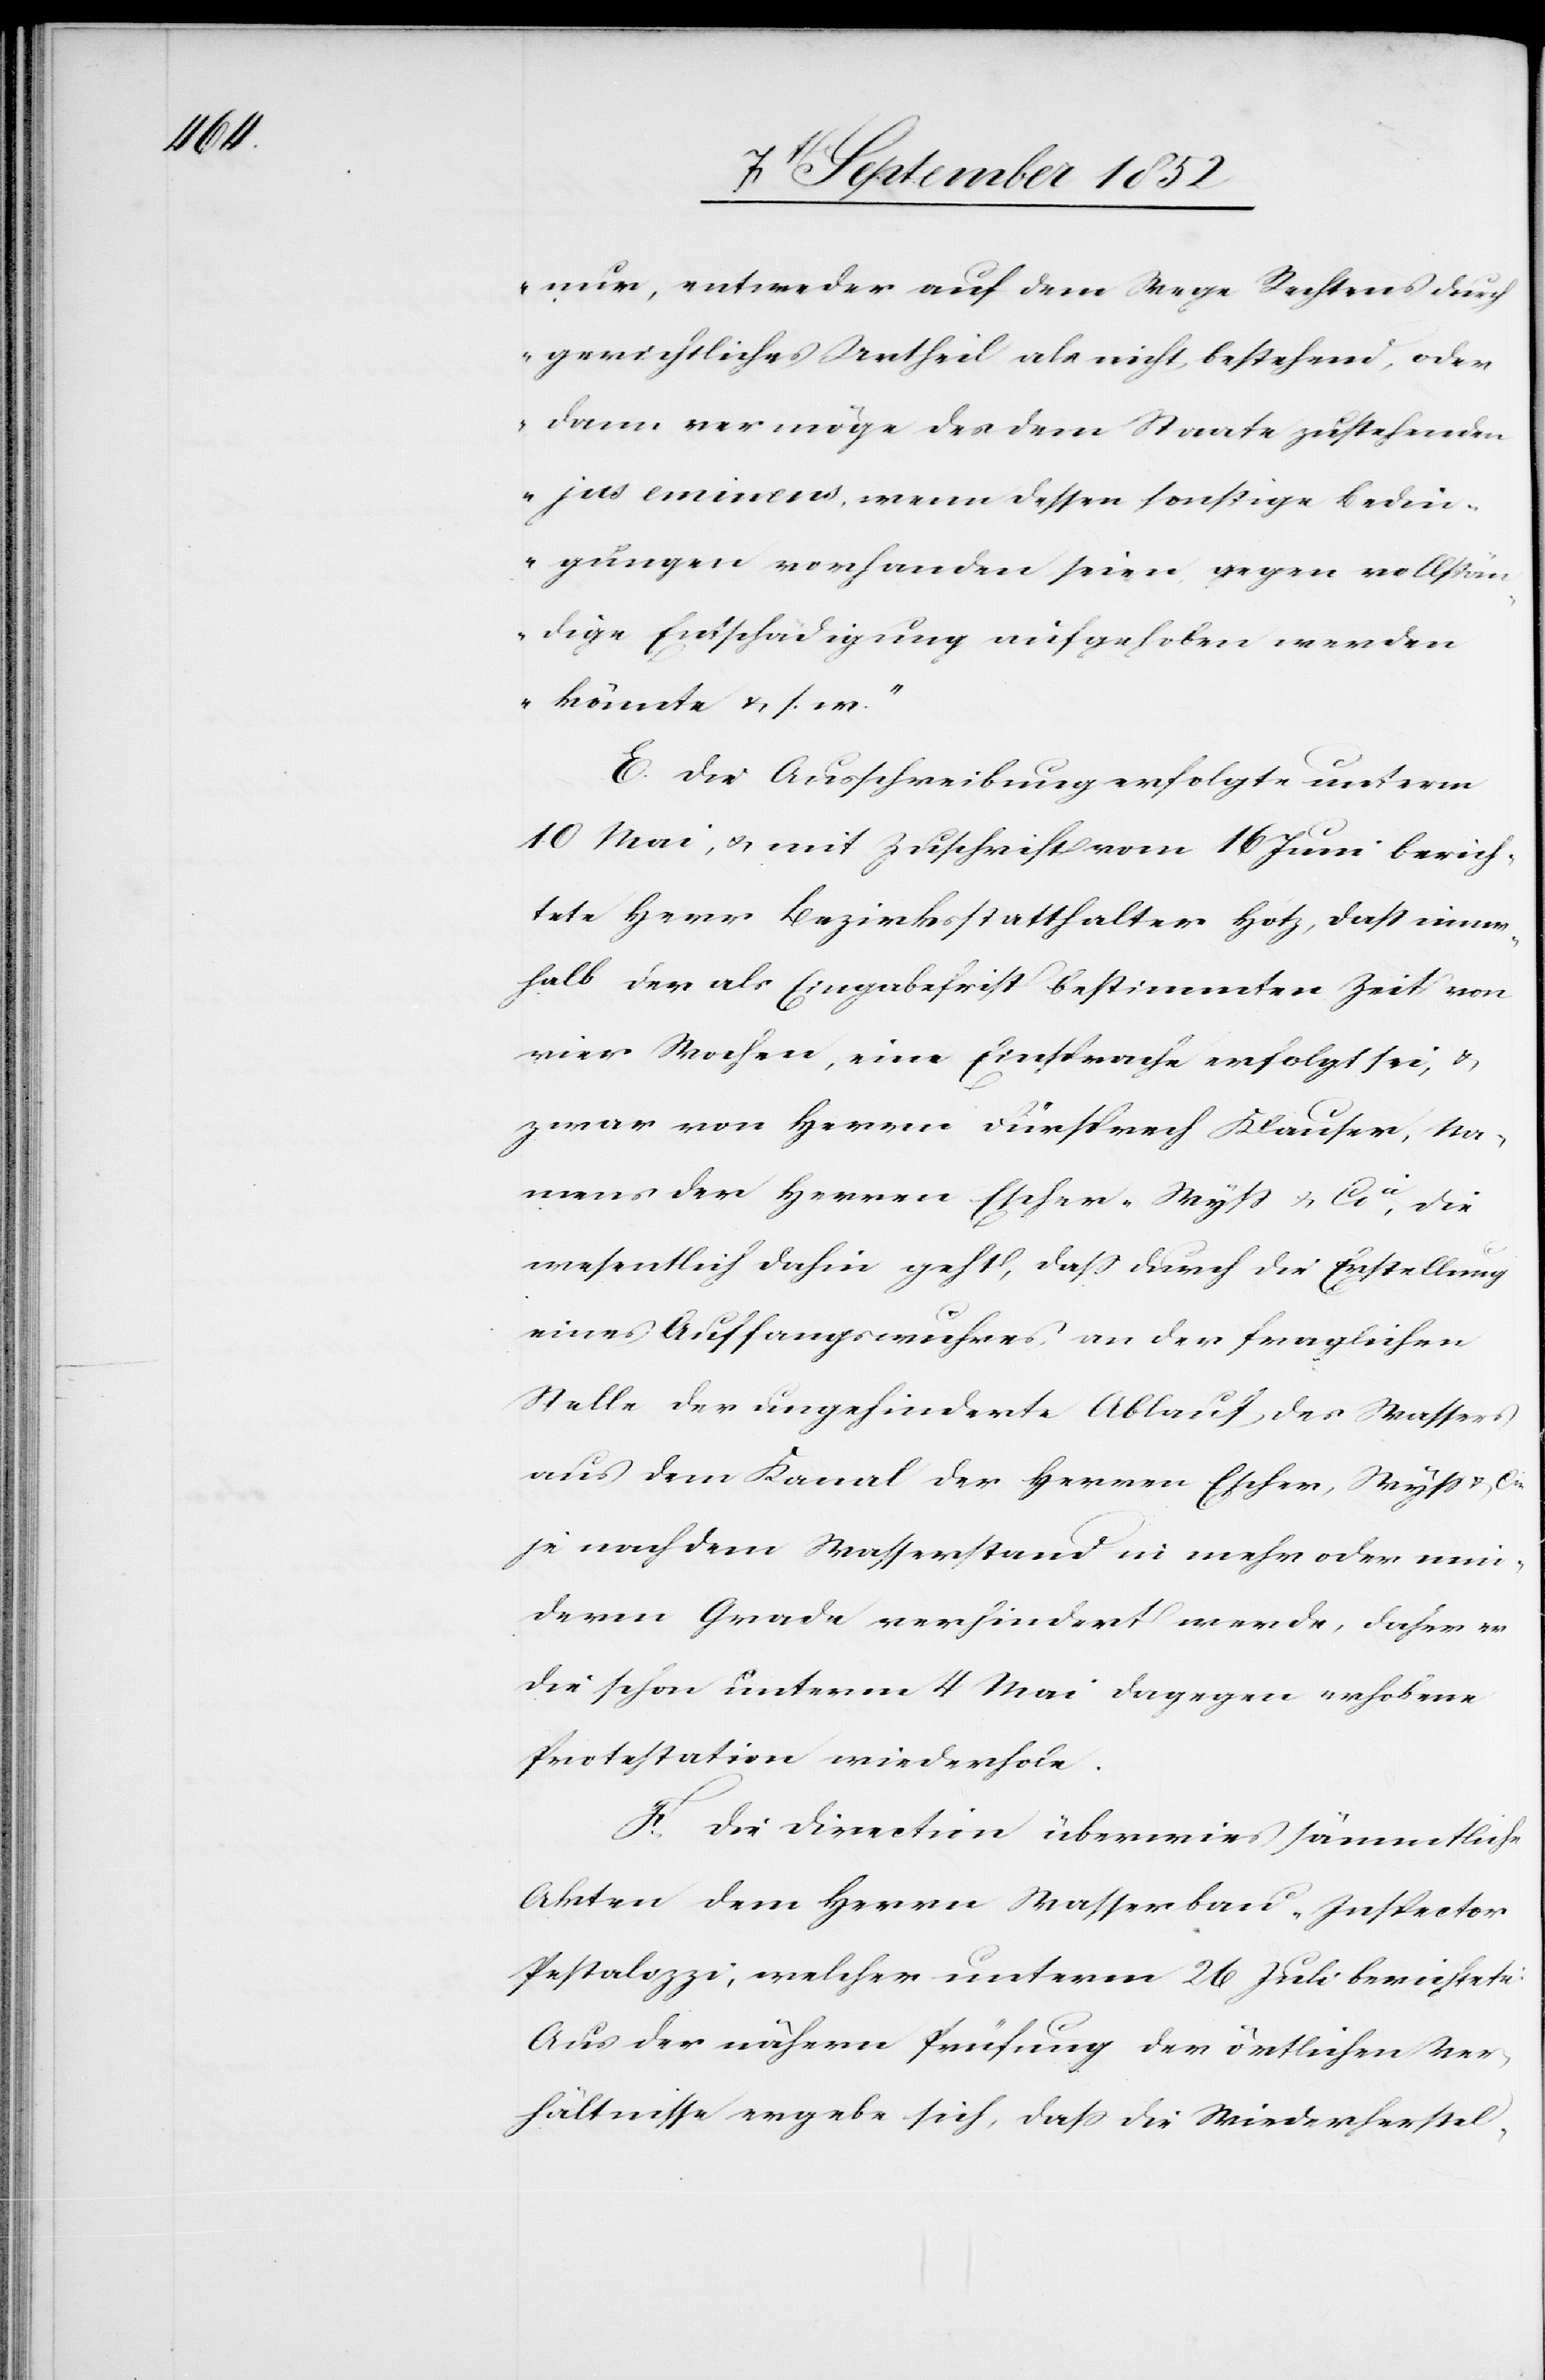
nur, entweder auf dem Wege Rechtens durch
gerichtliches Urtheil als nicht bestehend, oder
dann vermöge des dem Staate zustehenden
jus eminens, wenn dessen sonstige Bedin¬
gungen vorhanden seien, gegen vollstän¬
dige Entschädigung aufgehoben werden
könnte & s. w.“
E. Die Ausschreibung erfolgte unterm
10 Mai, & mit Zuschrift vom 16 Juni berich¬
tete Herr Bezirksstatthalter Hotz, dass inner¬
halb der als Eingabefrist bestimmten Zeit von
vier Wochen, eine Einsprache erfolgt sei, &
zwar von Herrn Fürsprech Klauser, Na¬
mens der Herren Escher-Wyss & Cie, die
wesentlich dahin geht, dass durch die Erstellung
eines Auffangswuhres, an der fraglichen
Stelle der ungehinderte Ablauf des Wassers
aus dem Kanal der Herren Escher, Wyss & Cie
je nach dem Wasserstand in mehr oder min¬
derm Grade verhindert werde, daher er
die schon unterm 4 Mai dagegen erhobene
Protestation wiederhole.
F. Die Direction überwies sämmtliche
Akten dem Herrn Wasserbau-Inspector
Pestalozzi, welcher unterm 26 Juli berichtete:
Aus der nähern Prüfung der örtlichen Ver¬
hältnisse ergebe sich, dass die Wiederherstel-